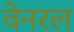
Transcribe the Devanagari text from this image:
वेनरल